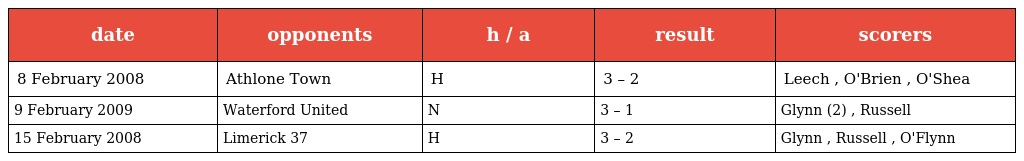
| date | opponents | h / a | result | scorers |
 | --- | --- | --- | --- | --- |
 | 8 February 2008 | Athlone Town | H | 3 – 2 | Leech , O'Brien , O'Shea |
 | 9 February 2009 | Waterford United | N | 3 – 1 | Glynn (2) , Russell |
 | 15 February 2008 | Limerick 37 | H | 3 – 2 | Glynn , Russell , O'Flynn |